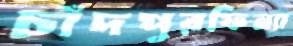
চাঁদপুরফিন্যা